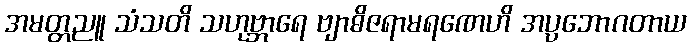
အမတ္တညူ သံသတိ သဟုဗ္ဘာရေ ဗျာဓိဇရာမရဏေဟိ အပ္ပဘောဂတာယ